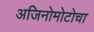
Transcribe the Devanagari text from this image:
अजिनोमोटोचा